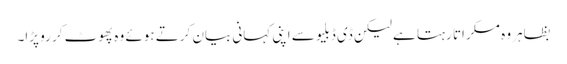
بظاہر وہ مسکراتا رہتا ہے لیکن ڈی ڈبلیو سے اپنی کہانی بیان کرتے ہوئے وہ پھوٹ کر رو پڑا۔